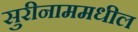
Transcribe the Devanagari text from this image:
सुरीनाममधील